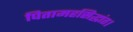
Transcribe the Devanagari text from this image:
पितामहसिद्धांत।